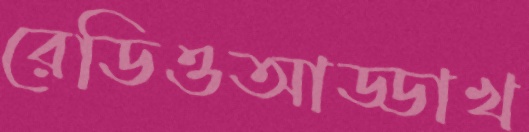
রেডিওআড্ডাখ